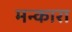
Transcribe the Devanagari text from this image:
मन्कारा